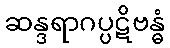
ဆန္ဒရာဂပ္ပဋိဗန္ဓံ